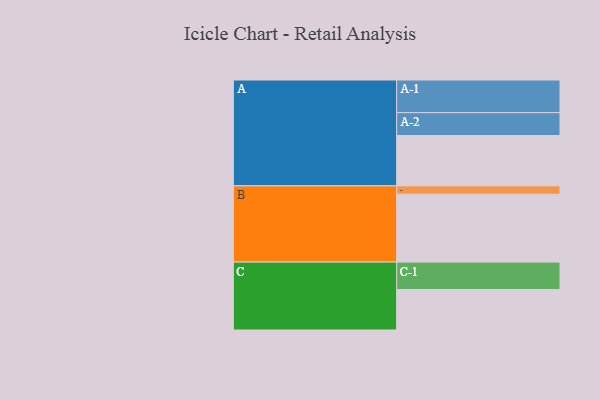
{"axis": {"x": "Segment", "y": "Value"}, "legend": ["", "A", "B", "C"], "data": [{"x": "A", "y": 427, "type": ""}, {"x": "B", "y": 576, "type": ""}, {"x": "C", "y": 343, "type": ""}, {"x": "A-1", "y": 277, "type": "A"}, {"x": "A-2", "y": 194, "type": "A"}, {"x": "B-1", "y": 71, "type": "B"}, {"x": "C-1", "y": 233, "type": "C"}]}